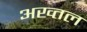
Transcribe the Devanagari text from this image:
अख्तल